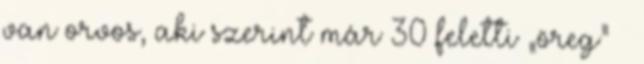
van orvos, aki szerint már 30 feletti „öreg” 🙂